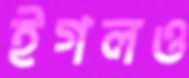
ইগলও